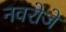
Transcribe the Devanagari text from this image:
नवरोजे